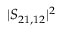
| S _ { 2 1 , 1 2 } | ^ { 2 }